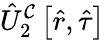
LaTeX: \hat{U}_{2}^{\mathcal{C}}\left[\hat{r},\hat{\tau}\right]